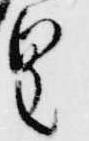
皇